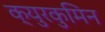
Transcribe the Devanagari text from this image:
क्युरकुमिन